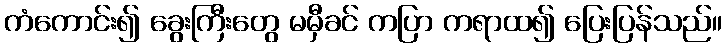
ကံကောင်း၍ ခွေးကြီးတွေ မမှီခင် ကပြာ ကရာထ၍ ပြေးပြန်သည်။